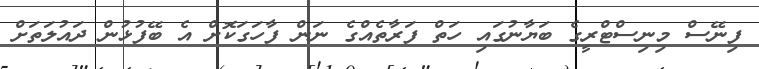
ފިނޭސް މިނިސްޓްރީގެ ބަޔާނުގައި ހަތް ފަރާތެއްގެ ނަން ފާހަގަކޮށް އެ ބޭފުޅުން ދައުލަތަށް